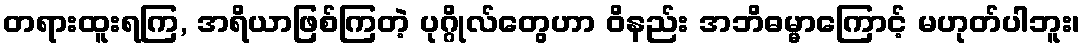
တရားထူးရကြ, အရိယာဖြစ်ကြတဲ့ ပုဂ္ဂိုလ်တွေဟာ ဝိနည်း အဘိဓမ္မာကြောင့် မဟုတ်ပါဘူး၊